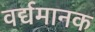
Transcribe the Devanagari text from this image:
वर्द्यमानक